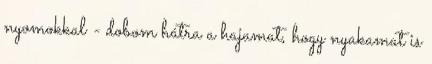
nyomokkal - dobom hátra a hajamat, hogy nyakamat is